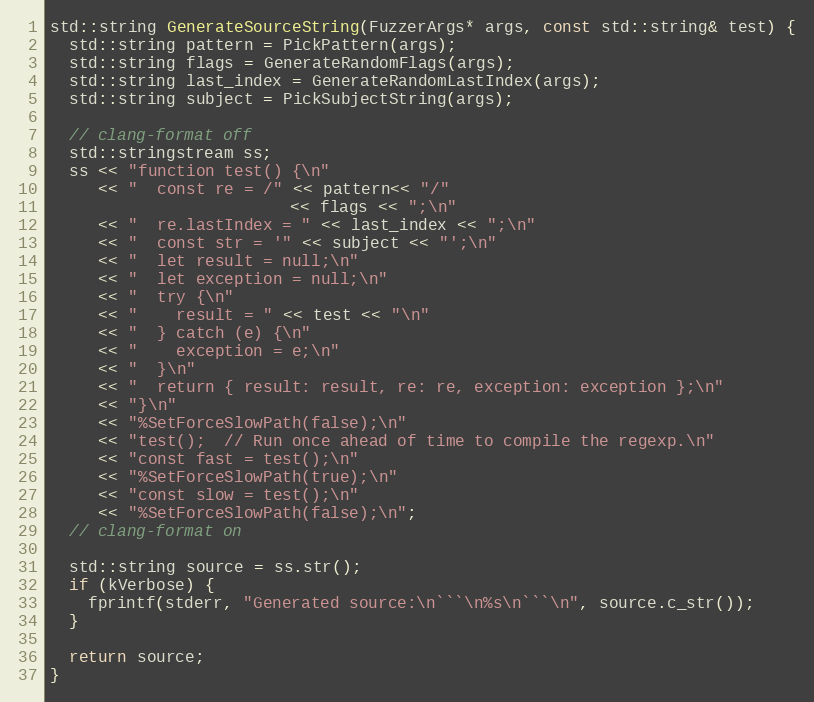
Language: C++
std::string GenerateSourceString(FuzzerArgs* args, const std::string& test) {
  std::string pattern = PickPattern(args);
  std::string flags = GenerateRandomFlags(args);
  std::string last_index = GenerateRandomLastIndex(args);
  std::string subject = PickSubjectString(args);

  // clang-format off
  std::stringstream ss;
  ss << "function test() {\n"
     << "  const re = /" << pattern<< "/"
                         << flags << ";\n"
     << "  re.lastIndex = " << last_index << ";\n"
     << "  const str = '" << subject << "';\n"
     << "  let result = null;\n"
     << "  let exception = null;\n"
     << "  try {\n"
     << "    result = " << test << "\n"
     << "  } catch (e) {\n"
     << "    exception = e;\n"
     << "  }\n"
     << "  return { result: result, re: re, exception: exception };\n"
     << "}\n"
     << "%SetForceSlowPath(false);\n"
     << "test();  // Run once ahead of time to compile the regexp.\n"
     << "const fast = test();\n"
     << "%SetForceSlowPath(true);\n"
     << "const slow = test();\n"
     << "%SetForceSlowPath(false);\n";
  // clang-format on

  std::string source = ss.str();
  if (kVerbose) {
    fprintf(stderr, "Generated source:\n```\n%s\n```\n", source.c_str());
  }

  return source;
}